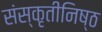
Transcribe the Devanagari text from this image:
संस्कृतीनिष्ठ